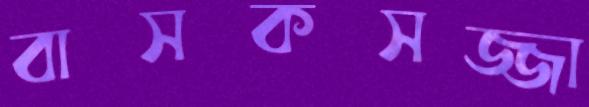
বাসকসজ্জা